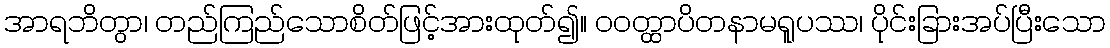
အာရဘိတွာ၊ တည်ကြည်သောစိတ်ဖြင့်အားထုတ်၍။ ဝဝတ္ထာပိတနာမရူပဿ၊ ပိုင်းခြားအပ်ပြီးသော